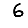
Digit: 6